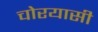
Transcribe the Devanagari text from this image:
चोरयासी